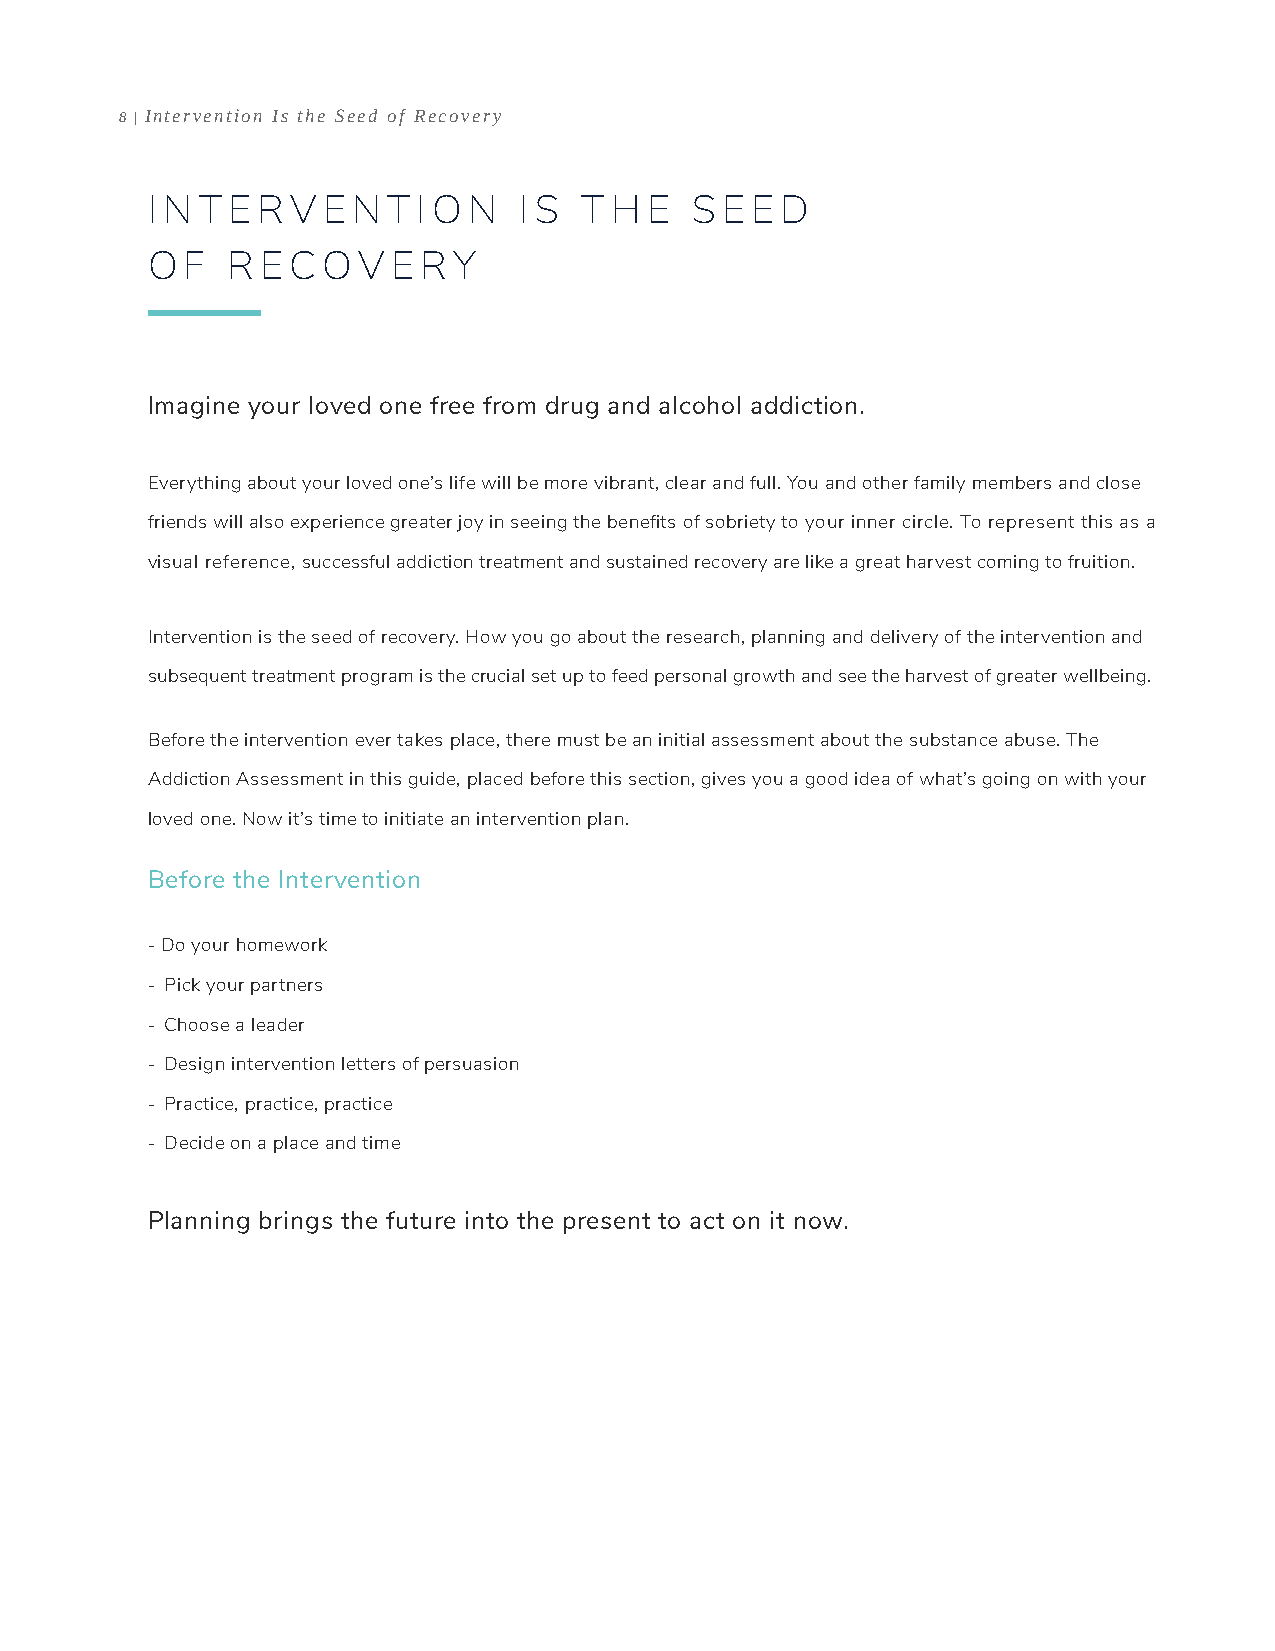
8 | Intervention Is the Seed of Recovery
 I N T E RV E N  T I O N I S T H  E  S E E D
 O F  R ECOV     E RY
 Imagine your loved one free from drug and alcohol addiction.
 Everything about your loved one’s life will be more vibrant, clear and full. You and other family members and close
 friends will also experience greater joy in seeing the benefits of sobriety to your inner circle. To represent this as a
 visual reference, successful addiction treatment and sustained recovery are like a great harvest coming to fruition.
 Intervention is the seed of recovery. How you go about the research, planning and delivery of the intervention and
 subsequent treatment program is the crucial set up to feed personal growth and see the harvest of greater wellbeing.
 Before the intervention ever takes place, there must be an initial assessment about the substance abuse. The
 Addiction Assessment in this guide, placed before this section, gives you a good idea of what’s going on with your
 loved one. Now it’s time to initiate an intervention plan.
 Before the Intervention
 - Do your homework
 - Pick your partners
 - Choose a leader
 - Design intervention letters of persuasion
 - Practice, practice, practice
 - Decide on a place and time
 Planning brings the future into the present to act on it now.